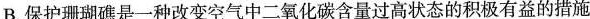
B.保护珊瑚礁是一种改变空气中二氧化碳含量过高状态的积极有益的措施